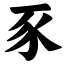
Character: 豕